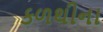
કળથીના